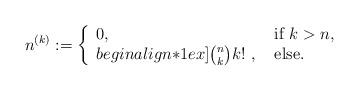
LaTeX: \begin{align*}n^{(k)}:= \left\{ \begin{array}{ll}0, &\textrm{if} \ k > n,\\begin{align*}1ex] \binom{n}{k}k!\ , \ &\textrm{else}. \end{array} \right.\end{align*}